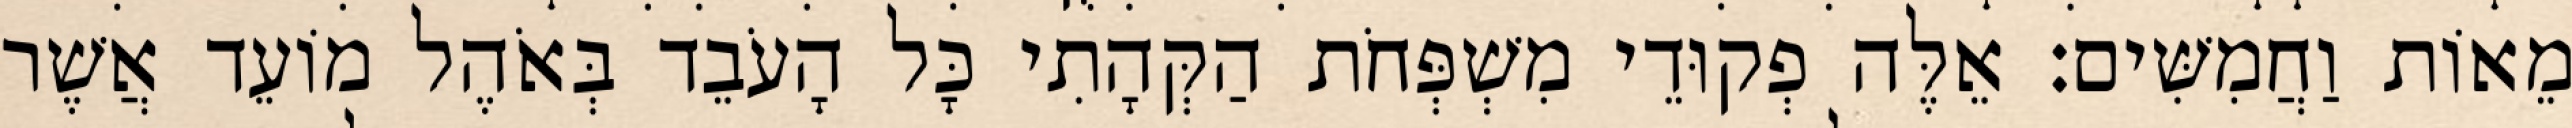
מֵאוֹת וַחֲמִשִּׁים׃ אֵלֶּה פְקוּדֵי מִשְׁפְּחֹת הַקְּהָתִי כָּל הָעֹבֵד בְּאֹהֶל מוֹעֵד אֲשֶׁר